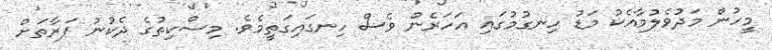
މީހުން މަދުވެލުމާއެކު މަޑު ހިނގުމުގައި އަހަރެން ވެސް ހިނގައިގަތީމެވެ. މިސްކިތުގެ ދެކުނު ފަރާތަށް